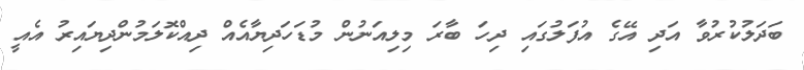
ބަދަލުކުރުވާ އަދި އޭގެ އުފަލުގައި ދިހަ ބާރަ މިލިއަނުން މުޑަހަދިޔާއެއް ދިއްކޮލަމުންދިޔައިރު އެއީ